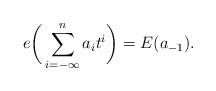
LaTeX: \begin{align*}e\bigg(\sum_{i= -\infty}^n a_i t^i\bigg) = E(a_{-1}).\end{align*}